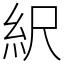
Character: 䋇